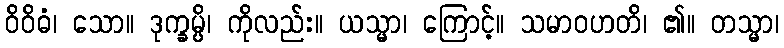
ဝိဝိဓံ၊ သော။ ဒုက္ခမ္ပိ၊ ကိုလည်း။ ယသ္မာ၊ ကြောင့်။ သမာဝဟတိ၊ ၏။ တသ္မာ၊